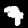
Label: 7